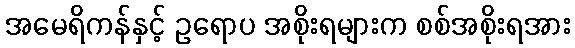
အမေရိကန်နှင့် ဥရောပ အစိုးရများက စစ်အစိုးရအား